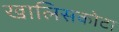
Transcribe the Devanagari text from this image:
खालिसकोटा